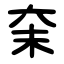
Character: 㭐